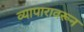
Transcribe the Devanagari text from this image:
व्यापारावरून